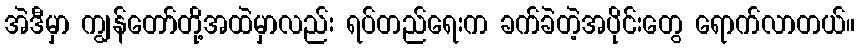
အဲဒီမှာ ကျွန်တော်တို့အထဲမှာလည်း ရပ်တည်ရေးက ခက်ခဲတဲ့အပိုင်းတွေ ရောက်လာတယ်။